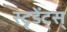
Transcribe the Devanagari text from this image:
स्टृडेंट्स्